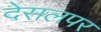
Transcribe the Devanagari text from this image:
देसलपर